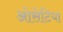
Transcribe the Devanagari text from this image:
ओसेटिया